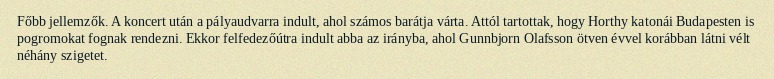
Főbb jellemzők. A koncert után a pályaudvarra indult, ahol számos barátja várta. Attól tartottak, hogy Horthy katonái Budapesten is pogromokat fognak rendezni. Ekkor felfedezőútra indult abba az irányba, ahol Gunnbjorn Olafsson ötven évvel korábban látni vélt néhány szigetet.